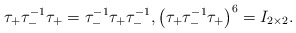
\begin{gather*} \tau_{+} \tau_{-}^{-1} \tau_{+}= \tau_{-}^{-1} \tau_{+} \tau_{-}^{-1}, \big(\tau_{+} \tau_{-}^{-1} \tau_{+}\big)^6 = I_{2 \times 2}.\end{gather*}